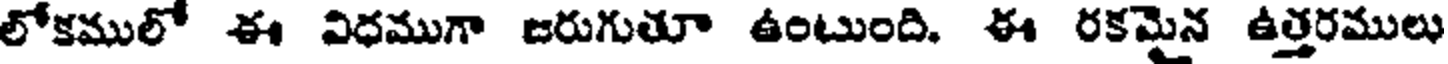
లోకములో ఈ విధముగా జరుగుతూ ఉంటుంది. ఈ రకమైన ఉత్తరములు